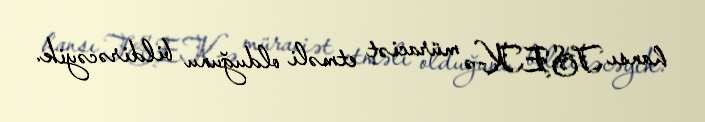
hansı TSEK-ə müraciət etməli olduğunu bildirəcəyik.